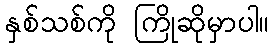
နှစ်သစ်ကို ကြိုဆိုမှာပါ။